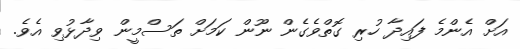
އަށް އެންމެ ފައިދާ ހުރި ގޮތްވެގެން ނޫން ކަމަށް ތަސްމީން ވިދާޅުވި އެވެ.